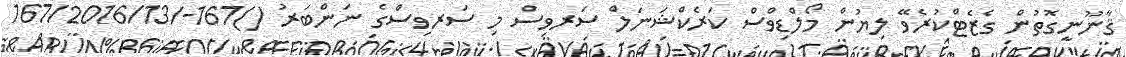
ޤާނޫނީގޮތުން ގެޒެޓްކުރެވޭ ލިޔުން މޯލްޑިވްސް ކަރެކްޝަނަލް ސަރވިސް މި ސަރވިސްގެ ނަންބަރު ()167-/167/2016/13